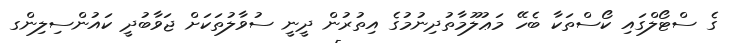
ގެ ސްޓޯލްގައި ކޯސްތަކާ ބެހޭ މަޢުލޫމާތުދިނުމުގެ އިތުރުން ދީނީ ސުވާލުތަކަށް ޖަވާބުދީ ކައުންސިލިންގ